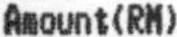
AMOUNT(RM)